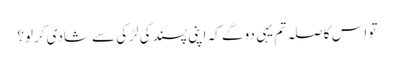
تو اس کا صلہ تم یہی دو گے کہ اپنی پسند کی لڑکی سے شادی کرلو؟